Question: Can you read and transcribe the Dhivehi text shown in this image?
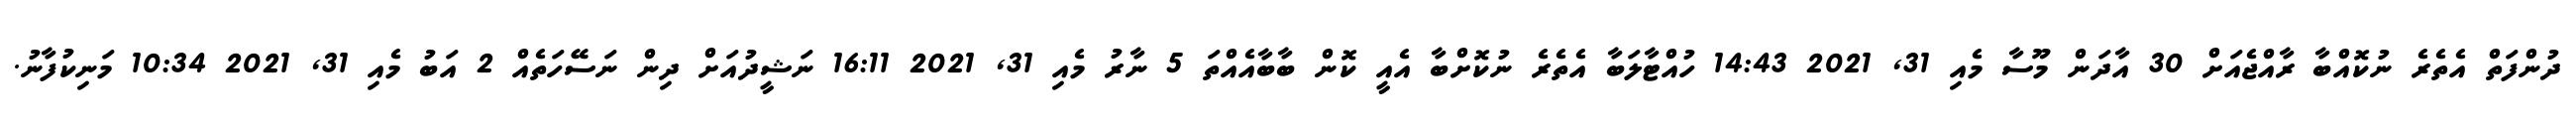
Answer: ދުންފަތް އެތެރެ ނުކޮއްބާ ރާއްޖެއަށް 30 އާދަން މޫސާ މެއި 31, 2021 14:43 ހުއްޓާލަބާ އެތެރެ ނުކޮށްބާ އެއީ ކޮން ބާބާއެއްތަ 5 ނާރު މެއި 31, 2021 16:11 ނަޝީދުއަށް ދިން ނަސޭހަތެއް 2 އަބު މެއި 31, 2021 10:34 މަނިކުފާނު.